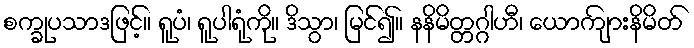
စက္ခုပသာဒဖြင့်။ ရူပံ၊ ရူပါရုံကို။ ဒိသွာ၊ မြင်၍။ နနိမိတ္တဂ္ဂါဟီ၊ ယောကျ်ားနိမိတ်